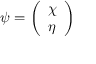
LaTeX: \psi = { \left( \begin{array} { l } { \chi } \\ { \eta } \end{array} \right) }